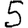
Digit: 5